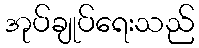
အုပ်ချုပ်ရေးသည်